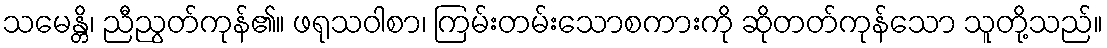
သမေန္တိ၊ ညီညွတ်ကုန်၏။ ဖရုသဝါစာ၊ ကြမ်းတမ်းသောစကားကို ဆိုတတ်ကုန်သော သူတို့သည်။